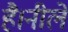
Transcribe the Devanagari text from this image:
है।नीले